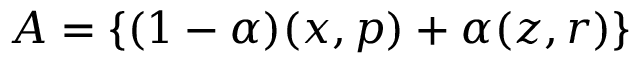
A = \{ ( 1 - \alpha ) ( x , p ) + \alpha ( z , r ) \}